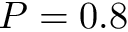
P = 0 . 8